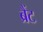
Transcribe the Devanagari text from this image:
ब्रैंट